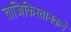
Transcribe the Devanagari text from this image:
ताजिकिस्तानकडे